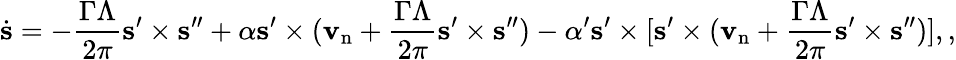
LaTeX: \dot{{\mathbf s}}=-\frac{\Gamma\Lambda}{2\pi}{\mathbf s}^{\prime}\times{\mathbf s}^{\prime\prime}+\alpha{\mathbf s^{\prime}}\times({\mathbf v}_{\mathrm{n}}+\frac{\Gamma\Lambda}{2\pi}{\mathbf s}^{\prime}\times{\mathbf s}^{\prime\prime})-\alpha^{\prime}{\mathbf s^{\prime}}\times[{\mathbf s}^{\prime}\times({\mathbf v}_{\mathrm{n}}+\frac{\Gamma\Lambda}{2\pi}{\mathbf s}^{\prime}\times{\mathbf s}^{\prime\prime})],,